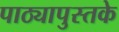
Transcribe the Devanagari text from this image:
पाठ्यापुस्तके